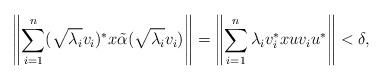
LaTeX: \begin{align*}\left\| \sum_{i=1}^n (\sqrt{\lambda_i}v_i)^*x\tilde{\alpha}(\sqrt{\lambda_i}v_i)\right\|=\left\|\sum_{i=1}^n \lambda_i v_i^* xu v_iu^*\right\| <\delta,\end{align*}